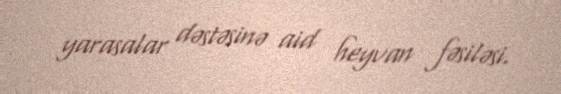
yarasalar dəstəsinə aid heyvan fəsiləsi.